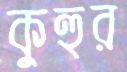
কুহুর